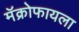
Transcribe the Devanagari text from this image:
मॅक्रोफायला